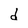
Character: d